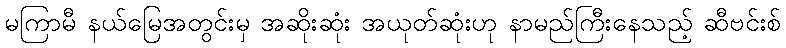
မကြာမီ နယ်မြေအတွင်းမှ အဆိုးဆုံး အယုတ်ဆုံးဟု နာမည်ကြီးနေသည့် ဆီဗင်းစ်